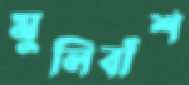
মুলিবাঁশ